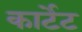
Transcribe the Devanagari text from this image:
कार्टेट